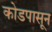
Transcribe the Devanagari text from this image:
कोडपासून